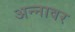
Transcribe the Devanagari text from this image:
अन्‍नावर